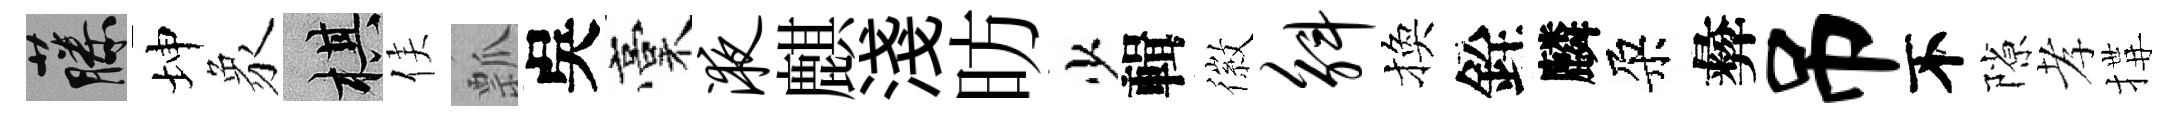
藤坤象棋侯瓢吳稾液麒淺昉少輯徽斛換銓麟朶彜吊不隙孝搆